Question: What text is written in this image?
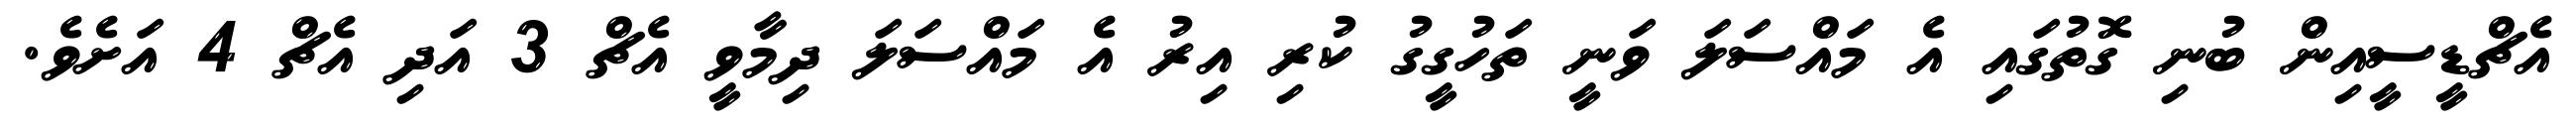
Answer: އެޗްޑީސީއިން ބުނި ގޮތުގައި އެ މައްސަލަ ވަނީ ތަހުގީގު ކުރި އިރު އެ މައްސަލަ ދިމާވީ އެޗް 3 އަދި އެޗް 4 އަށެވެ.